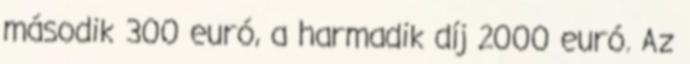
második 300 euró, a harmadik díj 2000 euró. Az